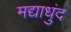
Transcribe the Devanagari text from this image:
मद्याधुंद